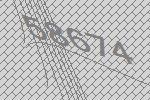
58674